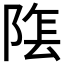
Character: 𮥏